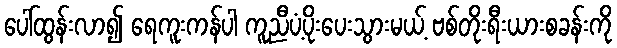
ပေါ်ထွန်းလာ၍ ရေကူးကန်ပါ ကူညီပံ့ပိုးပေးသွားမယ့် ဗစ်တိုးရီးယားစခန်းကို